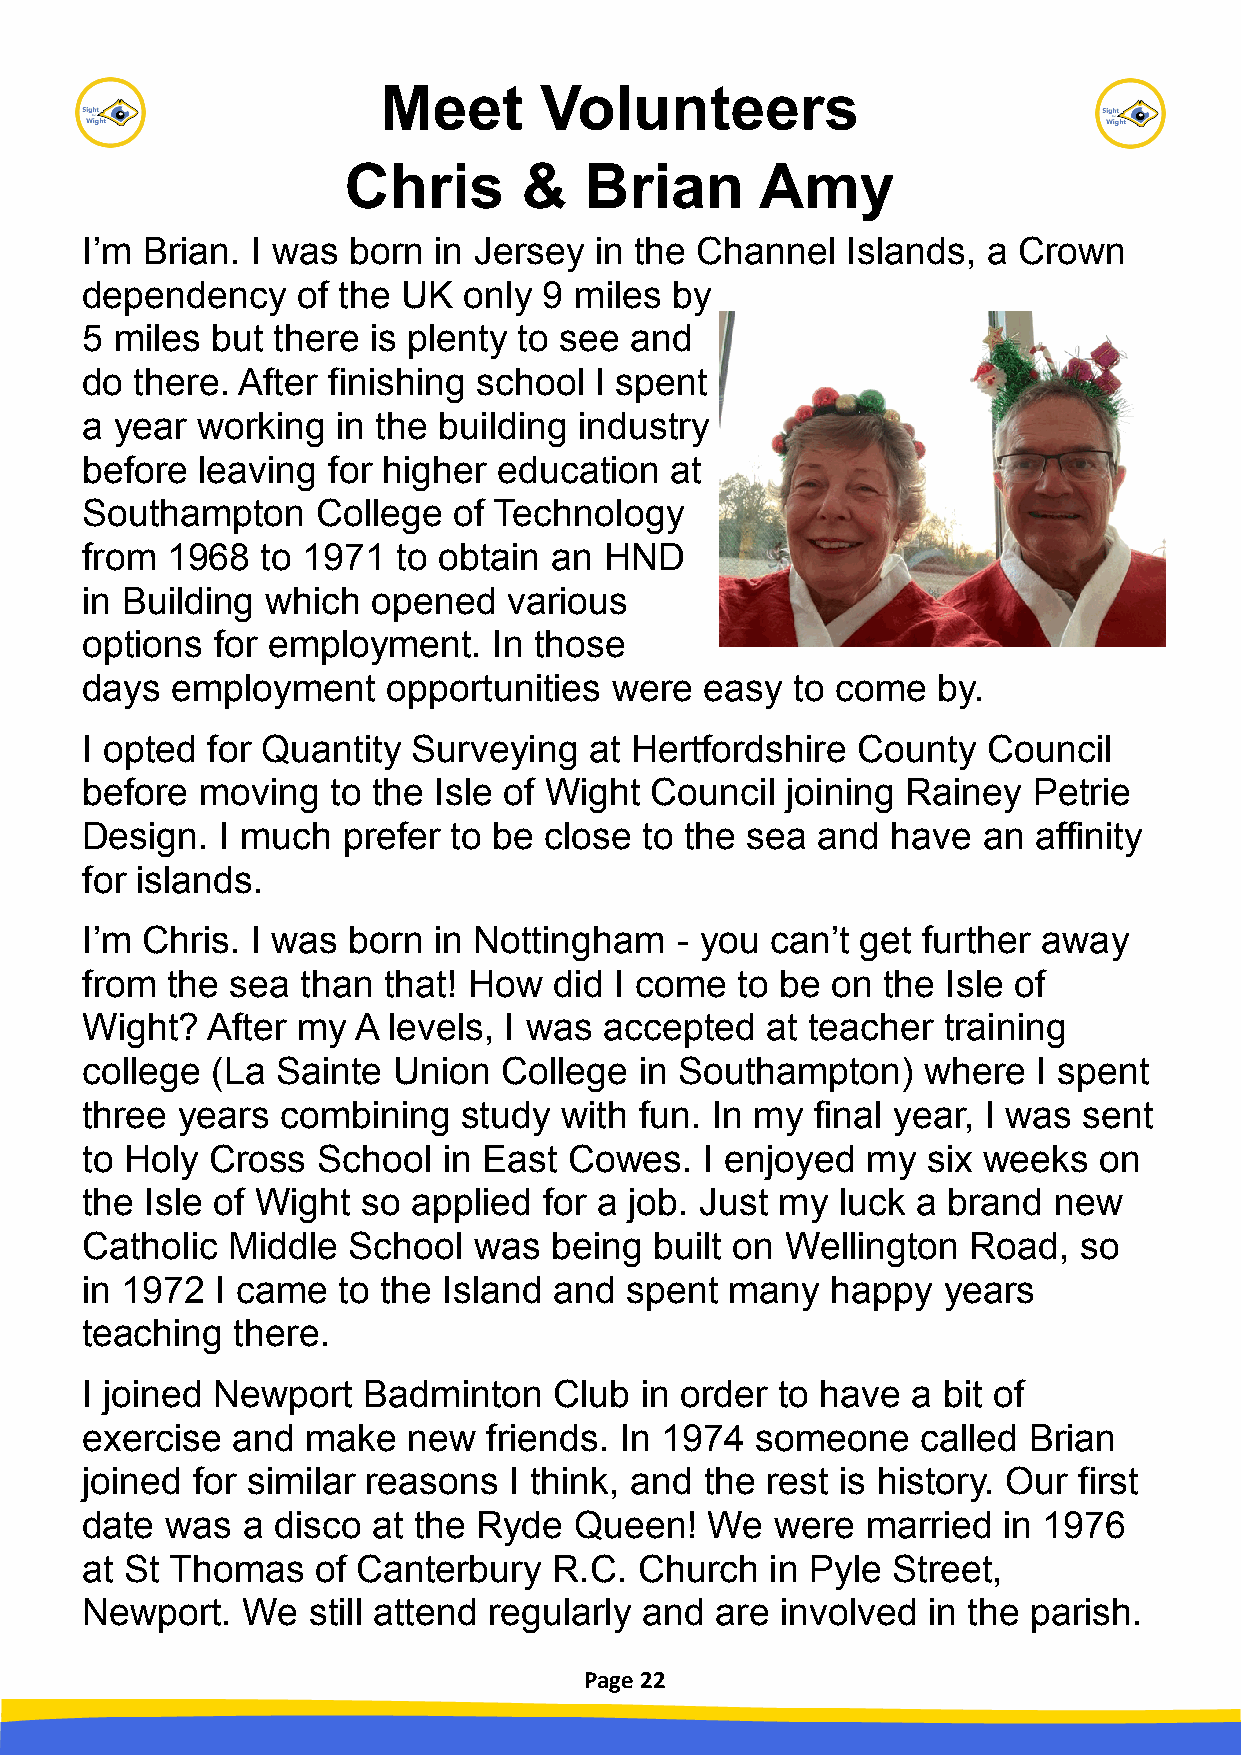
Meet       Volunteers
 Chris       &   Brian      Amy
 I’m Brian.  I was born  in Jersey in the Channel   Islands, a Crown
 dependency     of the UK  only 9 miles by
 5  miles but there is plenty to see  and
 do  there. After finishing school I spent
 a  year working  in the building industry
 before  leaving  for higher education  at
 Southampton     College  of Technology
 from  1968  to 1971  to obtain an  HND
 in Building  which  opened   various
 options  for employment.    In those
 days  employment     opportunities  were  easy to come   by.
 I opted  for Quantity Surveying   at Hertfordshire  County  Council
 before  moving   to the Isle of Wight Council  joining Rainey  Petrie
 Design.   I much  prefer to be close  to the sea and  have  an affinity
 for islands.
 I’m Chris.  I was born  in Nottingham   - you can’t get further away
 from  the sea  than that! How   did I come  to be on the  Isle of
 Wight?   After my  A levels, I was accepted   at teacher training
 college  (La Sainte  Union  College  in Southampton)    where   I spent
 three  years  combining   study with fun. In my  final year, I was sent
 to Holy  Cross  School  in East  Cowes.   I enjoyed my  six weeks   on
 the  Isle of Wight so applied  for a job. Just my  luck a brand  new
 Catholic  Middle  School  was  being  built on Wellington  Road,  so
 in 1972  I came  to the Island  and spent  many   happy  years
 teaching   there.
 I joined Newport   Badminton    Club in order  to have a bit of
 exercise  and  make   new  friends. In 1974  someone    called Brian
 joined  for similar reasons  I think, and the rest is history. Our first
 date  was  a disco  at the Ryde  Queen!   We  were  married  in 1976
 at St Thomas    of Canterbury   R.C. Church   in Pyle Street,
 Newport.   We  still attend regularly and are  involved in the parish.
 Page 22